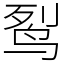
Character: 䴕